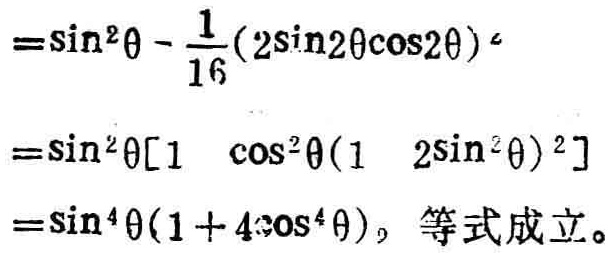
\(=\sin^{2}\theta - \frac{1}{16}(2\sin2\theta\cos2\theta)^{4}\)
\(=\sin^{2}\theta[1 - \cos^{2}\theta(1 - 2\sin^{2}\theta)^{2}]\)
\(=\sin^{4}\theta(1 + 4\cos^{4}\theta)\)，等式成立。